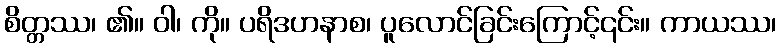
စိတ္တဿ၊ ၏။ ဝါ၊ ကို။ ပရိဒဟနာစ၊ ပူလောင်ခြင်းကြောင့်၎င်း။ ကာယဿ၊